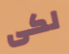
لكى